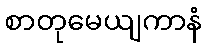
စာတုမေယျကာနံ